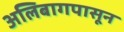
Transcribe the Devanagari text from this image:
अलिबागपासून